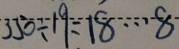
3 5 0 \div 1 9 = 1 8 \cdots 8